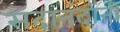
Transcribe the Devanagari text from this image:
सदानंदांनी